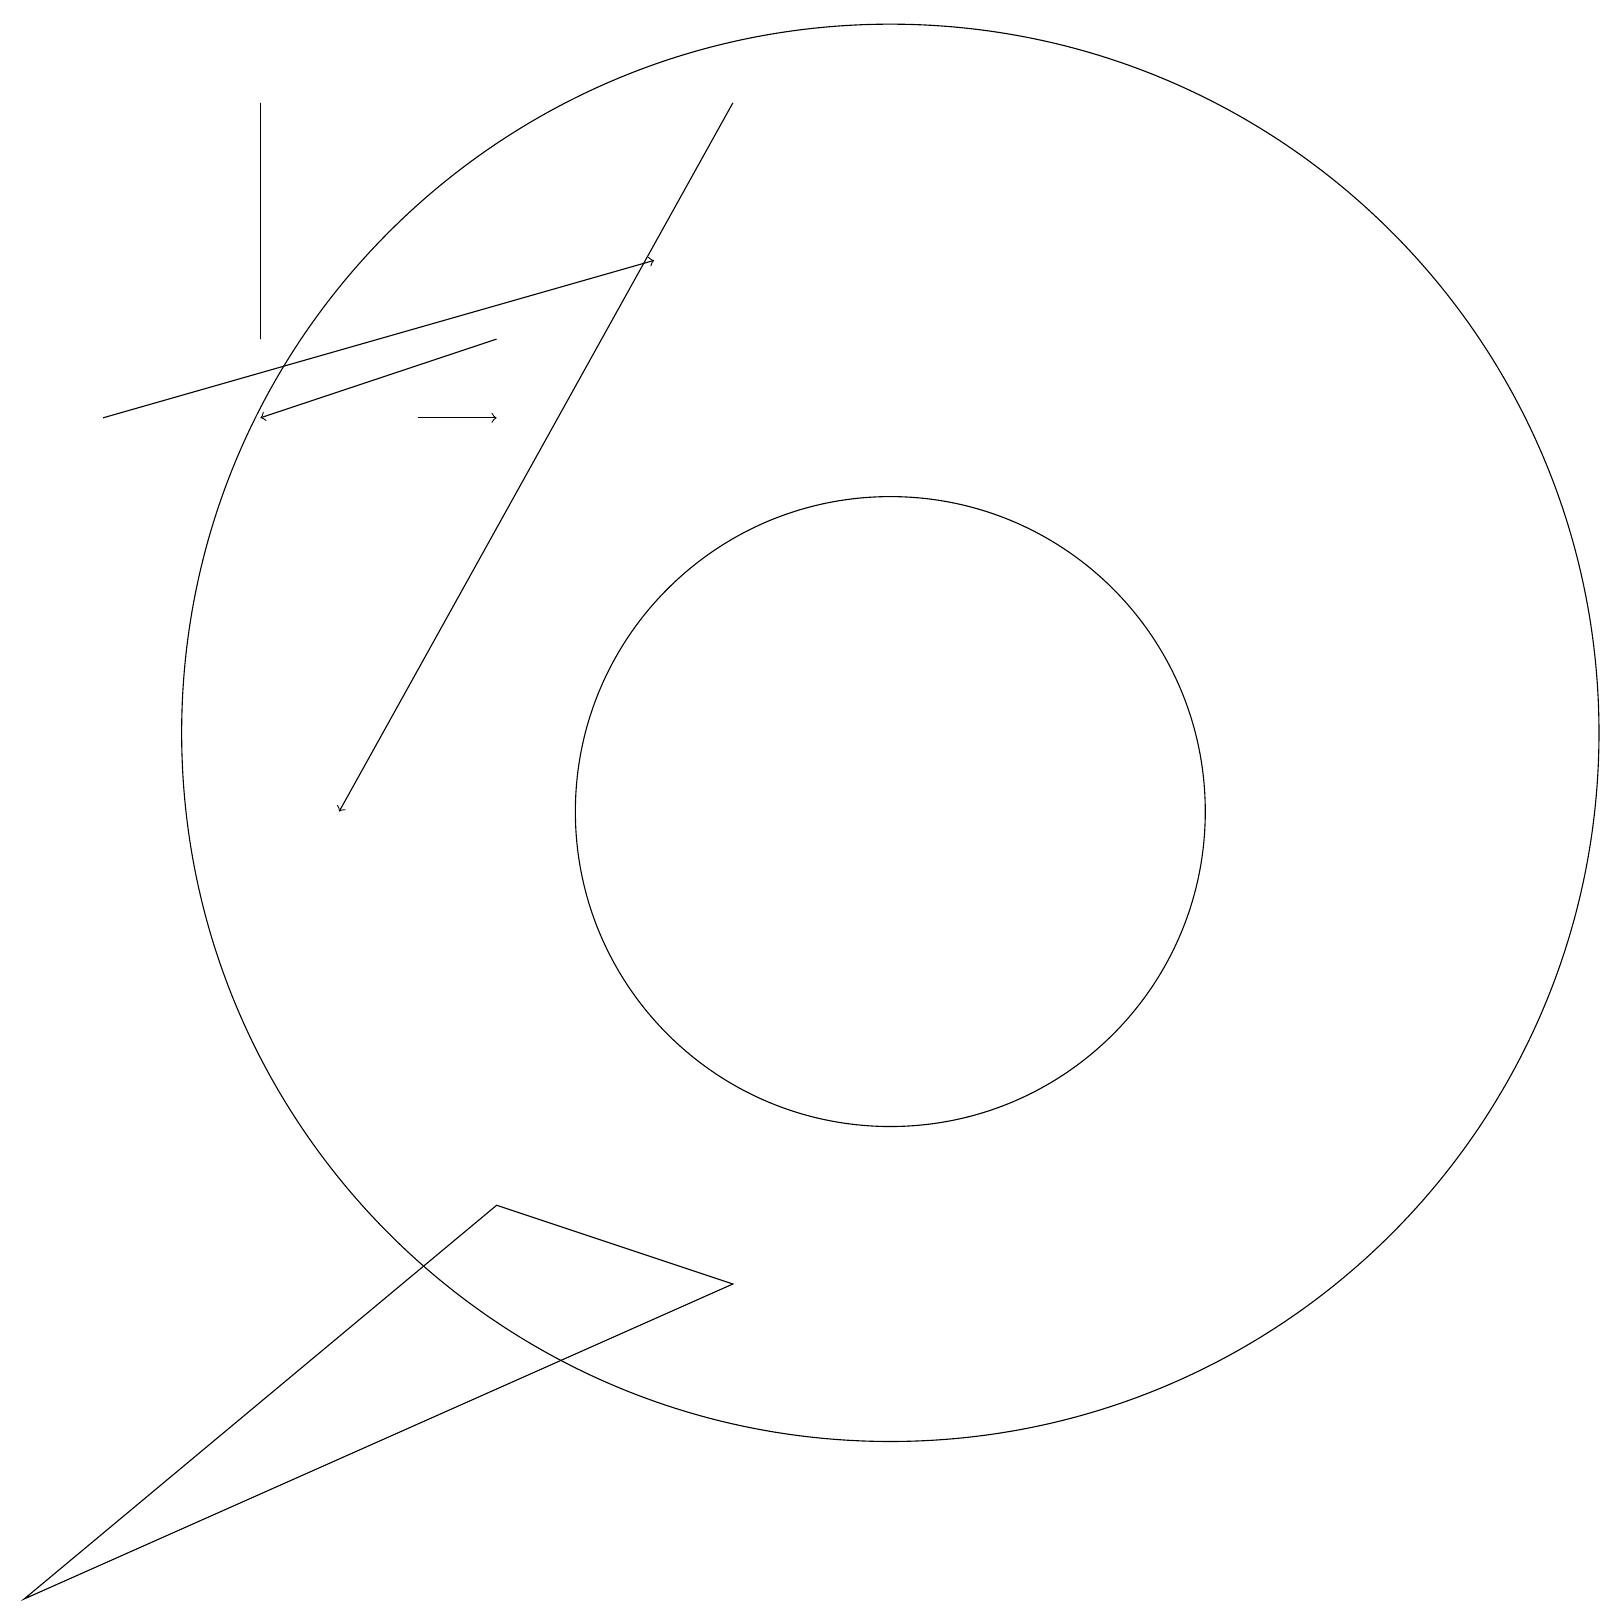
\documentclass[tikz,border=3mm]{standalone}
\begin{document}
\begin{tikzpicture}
\draw (3,19) rectangle (3,16);
\draw (11,11) circle (9);
\draw[->] (5,15) -- (6,15);
\draw[->] (9,19) -- (4,10);
\draw[->] (6,16) -- (3,15);
\draw (6,5) -- (0,0) -- (9,4) -- cycle;
\draw[->] (1,15) -- (8,17);
\draw (11,10) circle (4);
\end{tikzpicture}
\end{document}